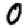
Digit: 0